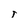
Character: t